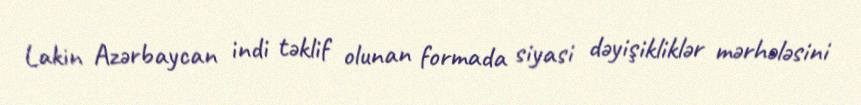
Lakin Azərbaycan indi təklif olunan formada siyasi dəyişikliklər mərhələsini